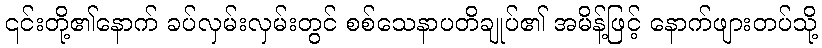
၎င်းတို့၏နောက် ခပ်လှမ်းလှမ်းတွင် စစ်သေနာပတိချုပ်၏ အမိန့်ဖြင့် နောက်ဖျားတပ်သို့